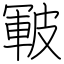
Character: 皸